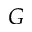
G